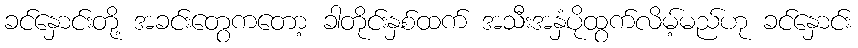
ခင်နှောင်းတို့ အခင်းတွေကတော့ ခါတိုင်းနှစ်ထက် အသီးအနှံပိုထွက်လိမ့်မည်ဟု ခင်နှောင်း